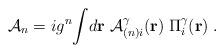
LaTeX: \begin{align*}{\cal{A}}_{n}=ig^n{\int}d{\bf{r}}\;{\cal{A}}_{(n)i}^{\gamma}({\bf{r}})\;\Pi_i^{\gamma}({\bf{r}})\;.\end{align*}